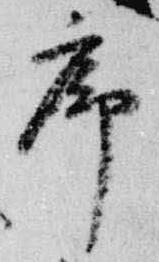
序